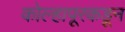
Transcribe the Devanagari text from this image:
कोल्हापूरकडून